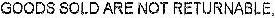
GOODS SOLD ARE NOT RETURNABLE,